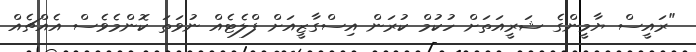
"ރައީސް ޔާމީންގެ ޝަރީއަތަށް ހުކުމް ކުރަން އިސްގާޒީއަށް ފްލެޓެއް ނުވަތަ ކޮންމެވެސް އެއްޗެއް